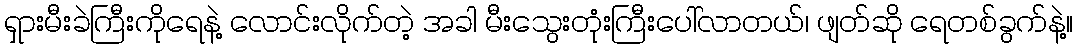
ရှားမီးခဲကြီးကိုရေနဲ့ လောင်းလိုက်တဲ့ အခါ မီးသွေးတုံးကြီးပေါ်လာတယ်၊ ဖျတ်ဆို ရေတစ်ခွက်နဲ့။